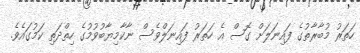
ހަތަރު މުބާރާތުގެ ފައިނަލަށް ގޮސް އެ ހަތަރު ފައިނަލްވެސް ނާކާމިޔާބުވުމުގެ ހިތްދަތި ކަމުގައެވެ.